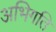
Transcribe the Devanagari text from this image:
अभिगति